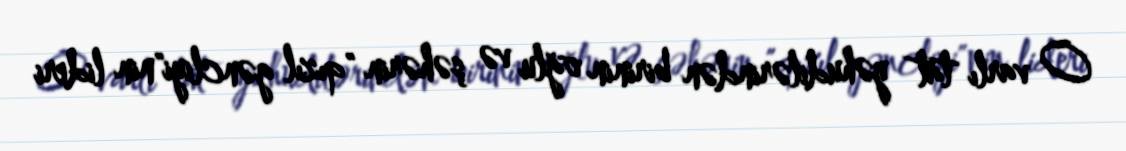
O varlı tat yəhudilərindən birinin oğlu və şəhərin "qızıl gəncliyi"nin lideri